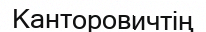
Канторовичтің